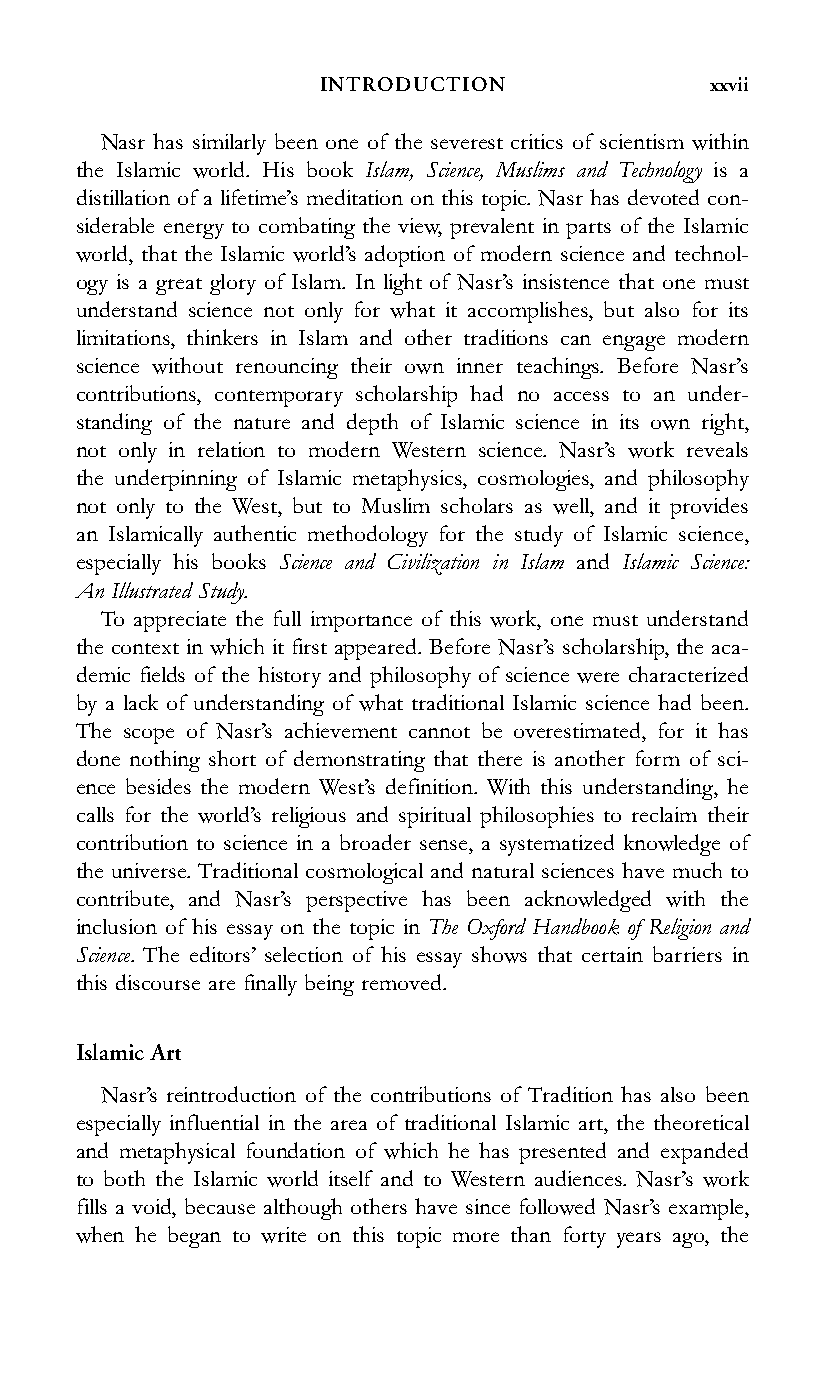
INTRODUCTION             xxvii
 Nasr has similarly been one of the severest critics of scientism within
 the Islamic world. His book Islam, Science, Muslims and Technology is a
 distillation of a lifetime’s meditation on this topic. Nasr has devoted con-
 siderable energy to combating the view, prevalent in parts of the Islamic
 world, that the Islamic world’s adoption of modern science and technol-
 ogy is a great glory of Islam. In light of Nasr’s insistence that one must
 understand science not only for what it accomplishes, but also for its
 limitations, thinkers in Islam and other traditions can engage modern
 science without renouncing their own inner teachings. Before Nasr’s
 contributions, contemporary scholarship had no access to an under-
 standing of the nature and depth of Islamic science in its own right,
 not only in relation to modern Western science. Nasr’s work reveals
 the underpinning of Islamic metaphysics, cosmologies, and philosophy
 not only to the West, but to Muslim scholars as well, and it provides
 an Islamically authentic methodology for the study of Islamic science,
 especially his books Science and Civilization in Islam and Islamic Science:
 An Illustrated Study.
 To appreciate the full importance of this work, one must understand
 the context in which it first appeared. Before Nasr’s scholarship, the aca-
 demic fields of the history and philosophy of science were characterized
 by a lack of understanding of what traditional Islamic science had been.
 The scope of Nasr’s achievement cannot be overestimated, for it has
 done nothing short of demonstrating that there is another form of sci-
 ence besides the modern West’s definition. With this understanding, he
 calls for the world’s religious and spiritual philosophies to reclaim their
 contribution to science in a broader sense, a systematized knowledge of
 the universe. Traditional cosmological and natural sciences have much to
 contribute, and Nasr’s perspective has been acknowledged with the
 inclusion of his essay on the topic in The Oxford Handbook of Religion and
 Science. The editors’ selection of his essay shows that certain barriers in
 this discourse are finally being removed.
 Islamic Art
 Nasr’s reintroduction of the contributions of Tradition has also been
 especially influential in the area of traditional Islamic art, the theoretical
 and metaphysical foundation of which he has presented and expanded
 to both the Islamic world itself and to Western audiences. Nasr’s work
 fills a void, because although others have since followed Nasr’s example,
 when he began to write on this topic more than forty years ago, the